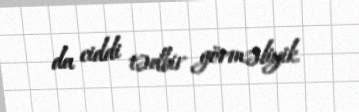
da ciddi tədbir görməliyik.